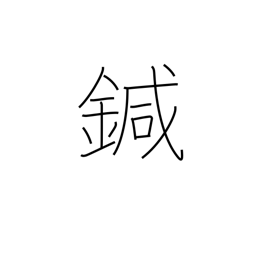
Meaning: needle